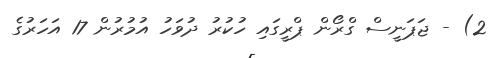
2) - ޖަޕަނީސް ގްރޯން ޕްރީގައި ހުކުރު ދުވަހު އުމުރުން 17 އަހަރުގެ